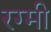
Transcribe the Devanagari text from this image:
रग्मी